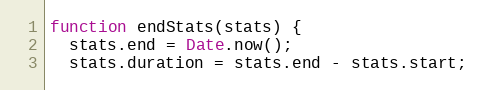
Language: JavaScript
function endStats(stats) {
  stats.end = Date.now();
  stats.duration = stats.end - stats.start;